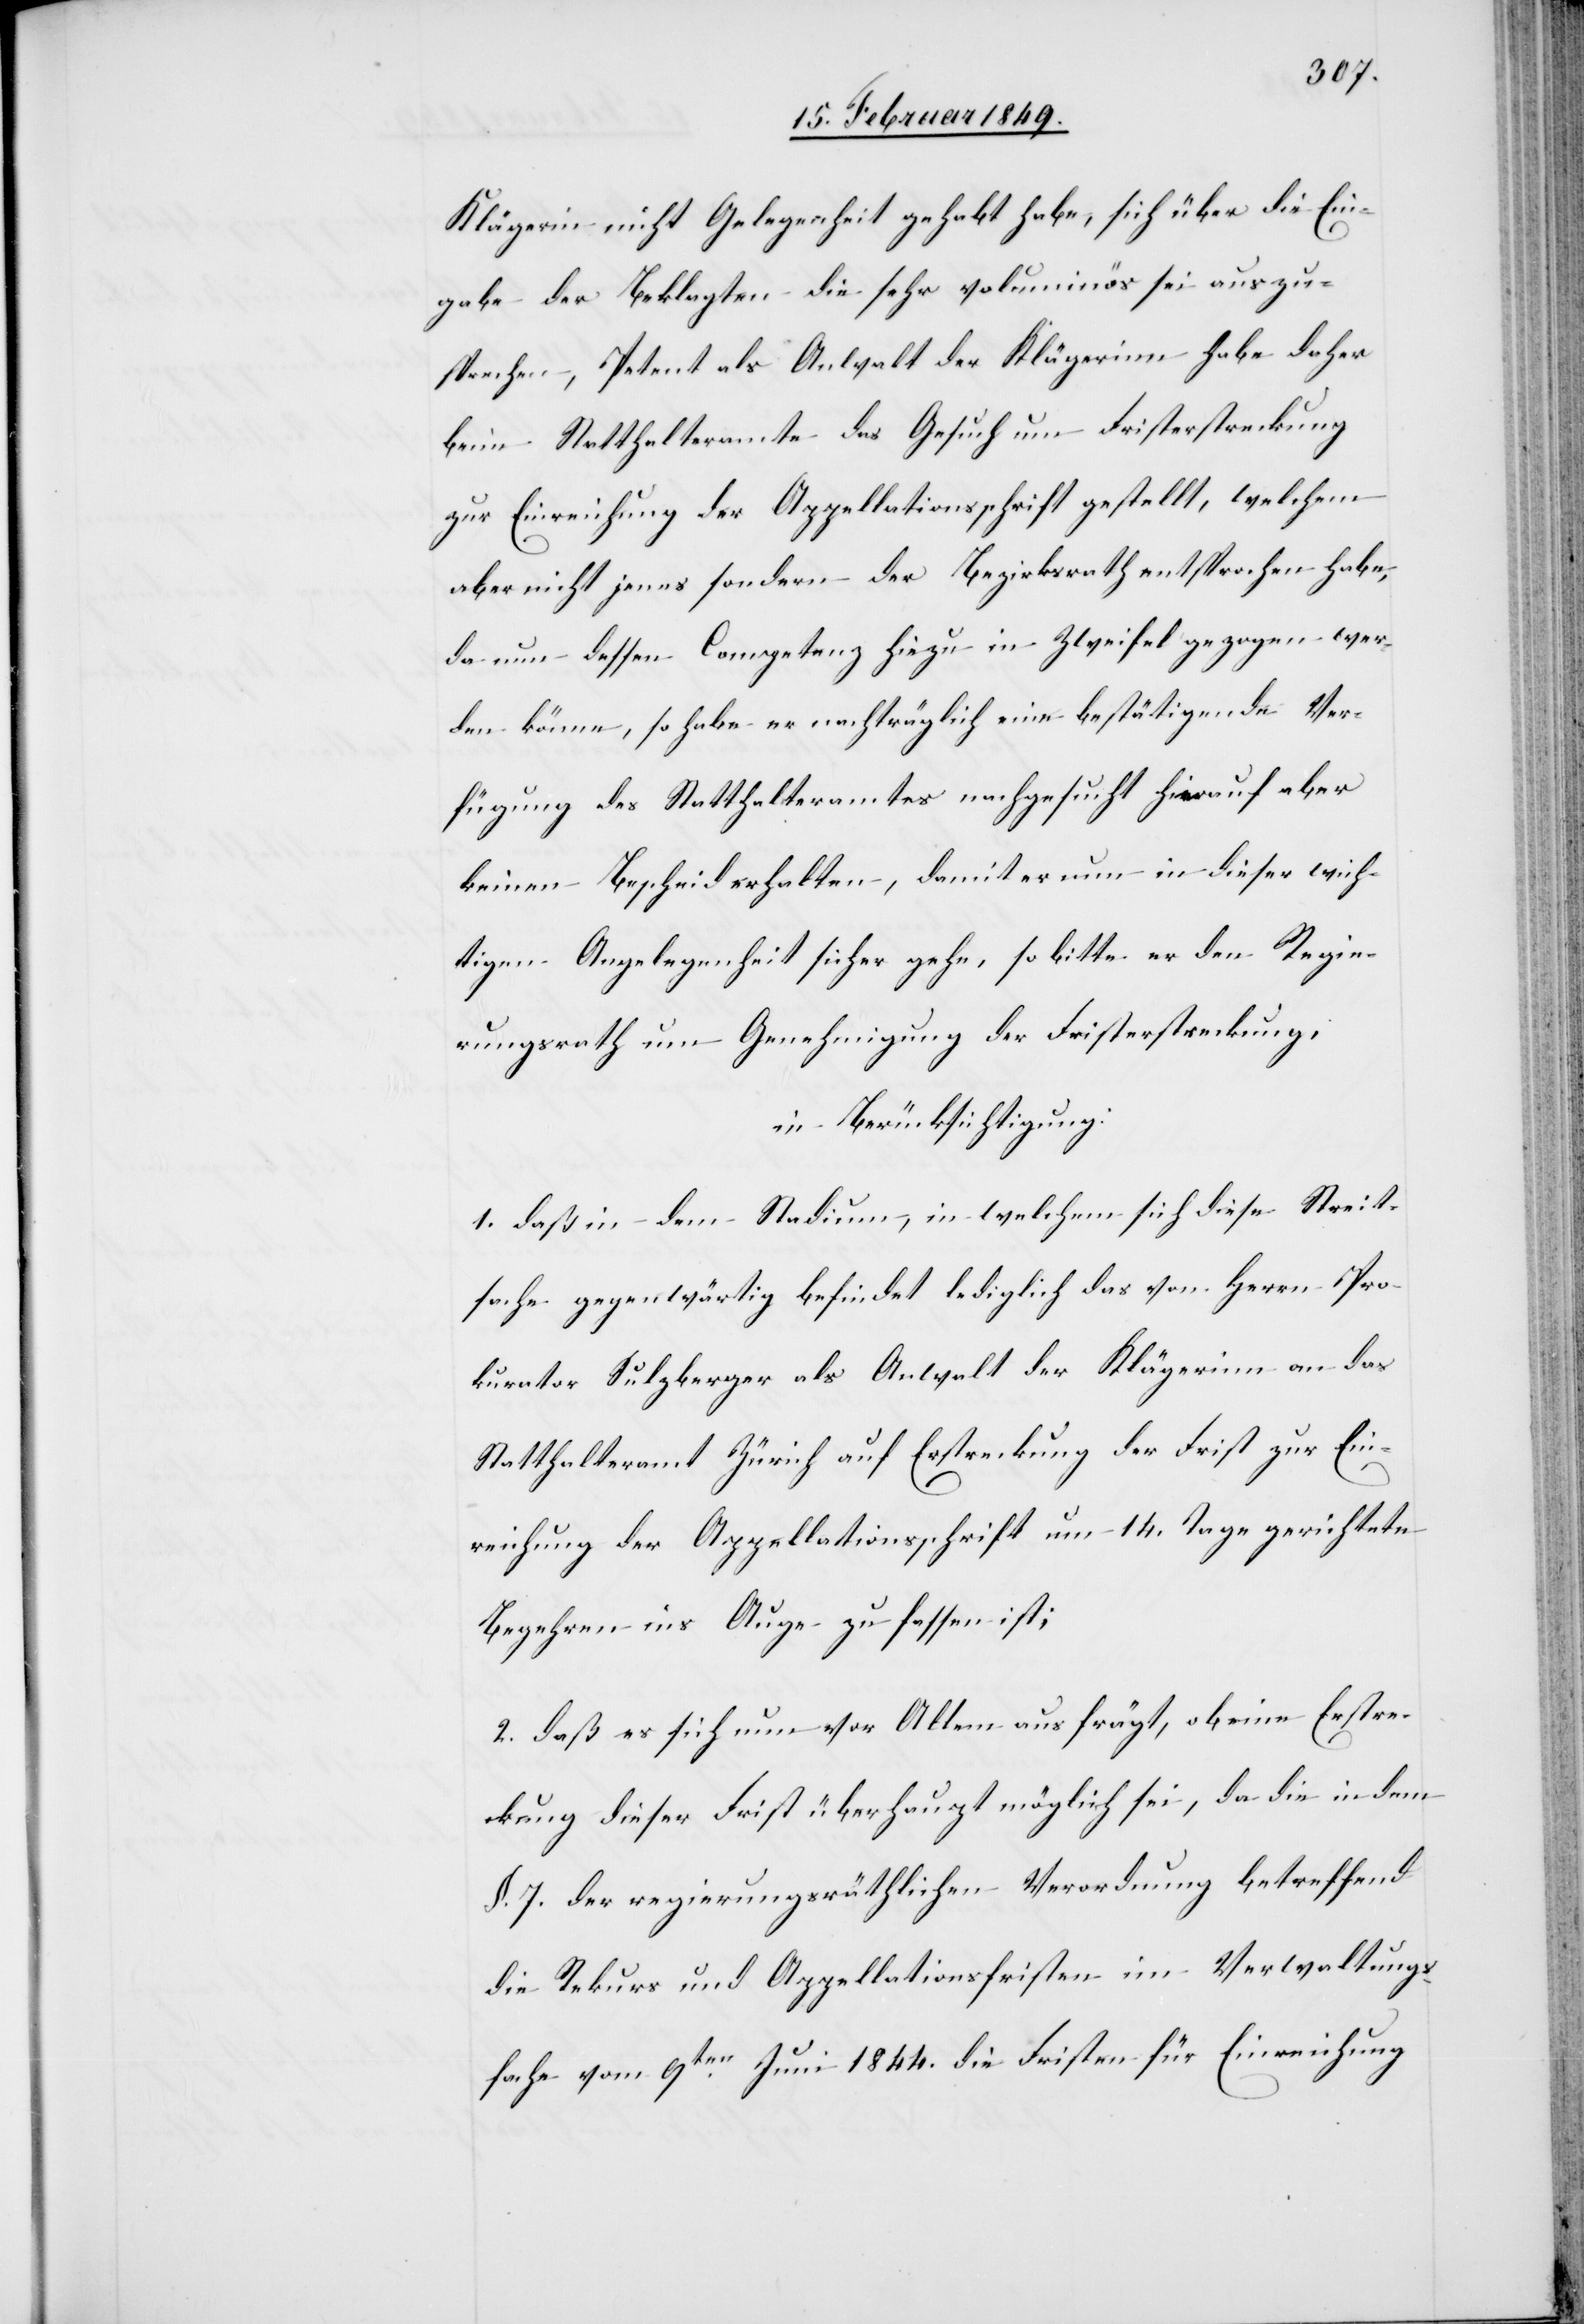
Klägerin nicht Gelegenheit gehabt habe, sich über die Ein¬
gabe der Beklagten die sehr voluminös sei auszu¬
sprechen, Petent als Anwalt der Klägerinn habe daher
beim Statthalteramte das Gesuch um Fristerstreckung
zur Einreichung der Appellationsschrift gestellt, welchem
aber nicht jenes sondern der Bezirksrath entsprochen habe,
da nun dessen Competenz hiezu in Zweifel gezogen wer¬
den könne, so habe er nachträglich eine bestätigende Ver¬
fügung des Statthalteramtes nachgesucht hierauf aber
keinen Bescheid erhalten, damit er nun in dieser wich¬
tigen Angelegenheit sicher gehe, so bitte er den Regie¬
rungsrath um Genehmigung der Fristerstreckung,
in Berücksichtigung:
1. daß in dem Stadium, in welchem sich diese Streit¬
sache gegenwärtig befindet lediglich das von Herrn Pro¬
kurator Sulzberger als Anwalt der Klägerinn an das
Statthalteramt Zürich auf Erstreckung der Frist zur Ein¬
reichung der Appellationsschrift um 14. Tage gerichtete
Begehren ins Auge zu fassen ist;
2. daß es sich nun vor allem ausfrägt, ob eine Erstre¬
ckung dieser Frist überhaupt möglich sei, da die in dem
§. 7. der regierungsräthlichen Verordnung betreffend
die Rekurs[-] und Appellationsfristen im Verwaltungs¬
fache vom 9ten. Juni 1844. die Fristen für die Einreichung